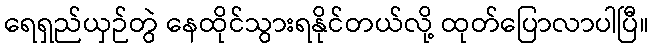
ရေရှည်ယှဉ်တွဲ နေထိုင်သွားရနိုင်တယ်လို့ ထုတ်ပြောလာပါပြီ။